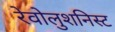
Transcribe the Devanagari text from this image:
रेवोलुशनिस्ट